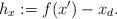
LaTeX: \begin{align*} h_x := f(x') - x_d .\end{align*}